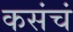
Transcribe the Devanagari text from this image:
कसंचं